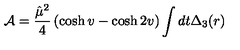
{ \cal A } = \frac { \hat { \mu } ^ { 2 } } { 4 } \left( \cosh v - \cosh 2 v \right) \int d t \Delta _ { 3 } ( r )